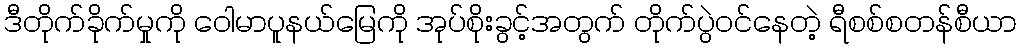
ဒီတိုက်ခိုက်မှုကို ဝေါမာပူနယ်မြေကို အုပ်စိုးခွင့်အတွက် တိုက်ပွဲဝင်နေတဲ့ ရီစစ်စတန်စီယာ